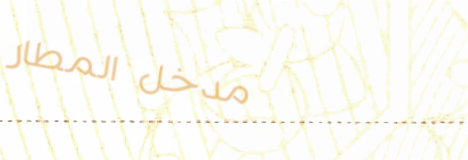
مدخل المطار